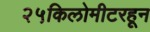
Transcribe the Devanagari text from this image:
२५किलोमीटरहून